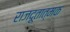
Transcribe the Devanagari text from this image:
राजदूतात्मक